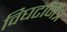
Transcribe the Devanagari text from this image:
विघटनित्र